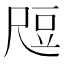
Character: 𬤶